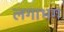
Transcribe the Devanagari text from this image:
लगाभग